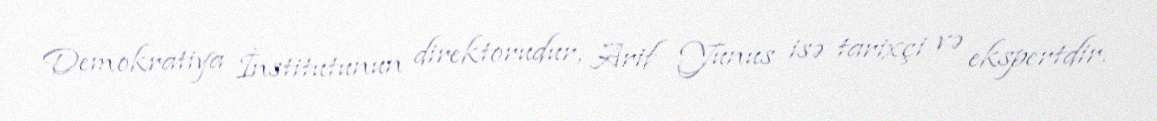
Demokratiya İnstitutunun direktorudur, Arif Yunus isə tarixçi və ekspertdir.